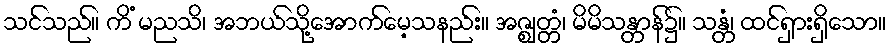
သင်သည်။ ကိံ မညသိ၊ အဘယ်သို့အောက်မေ့သနည်း။ အဇ္ဈတ္တံ၊ မိမိသန္တာန်၌။ သန္တံ၊ ထင်ရှားရှိသော။